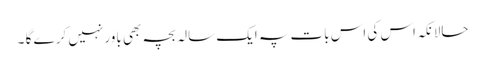
حالانکہ اس کی اس بات پہ ایک سالہ بچہ بھی باور نہیں کر ے گا ۔